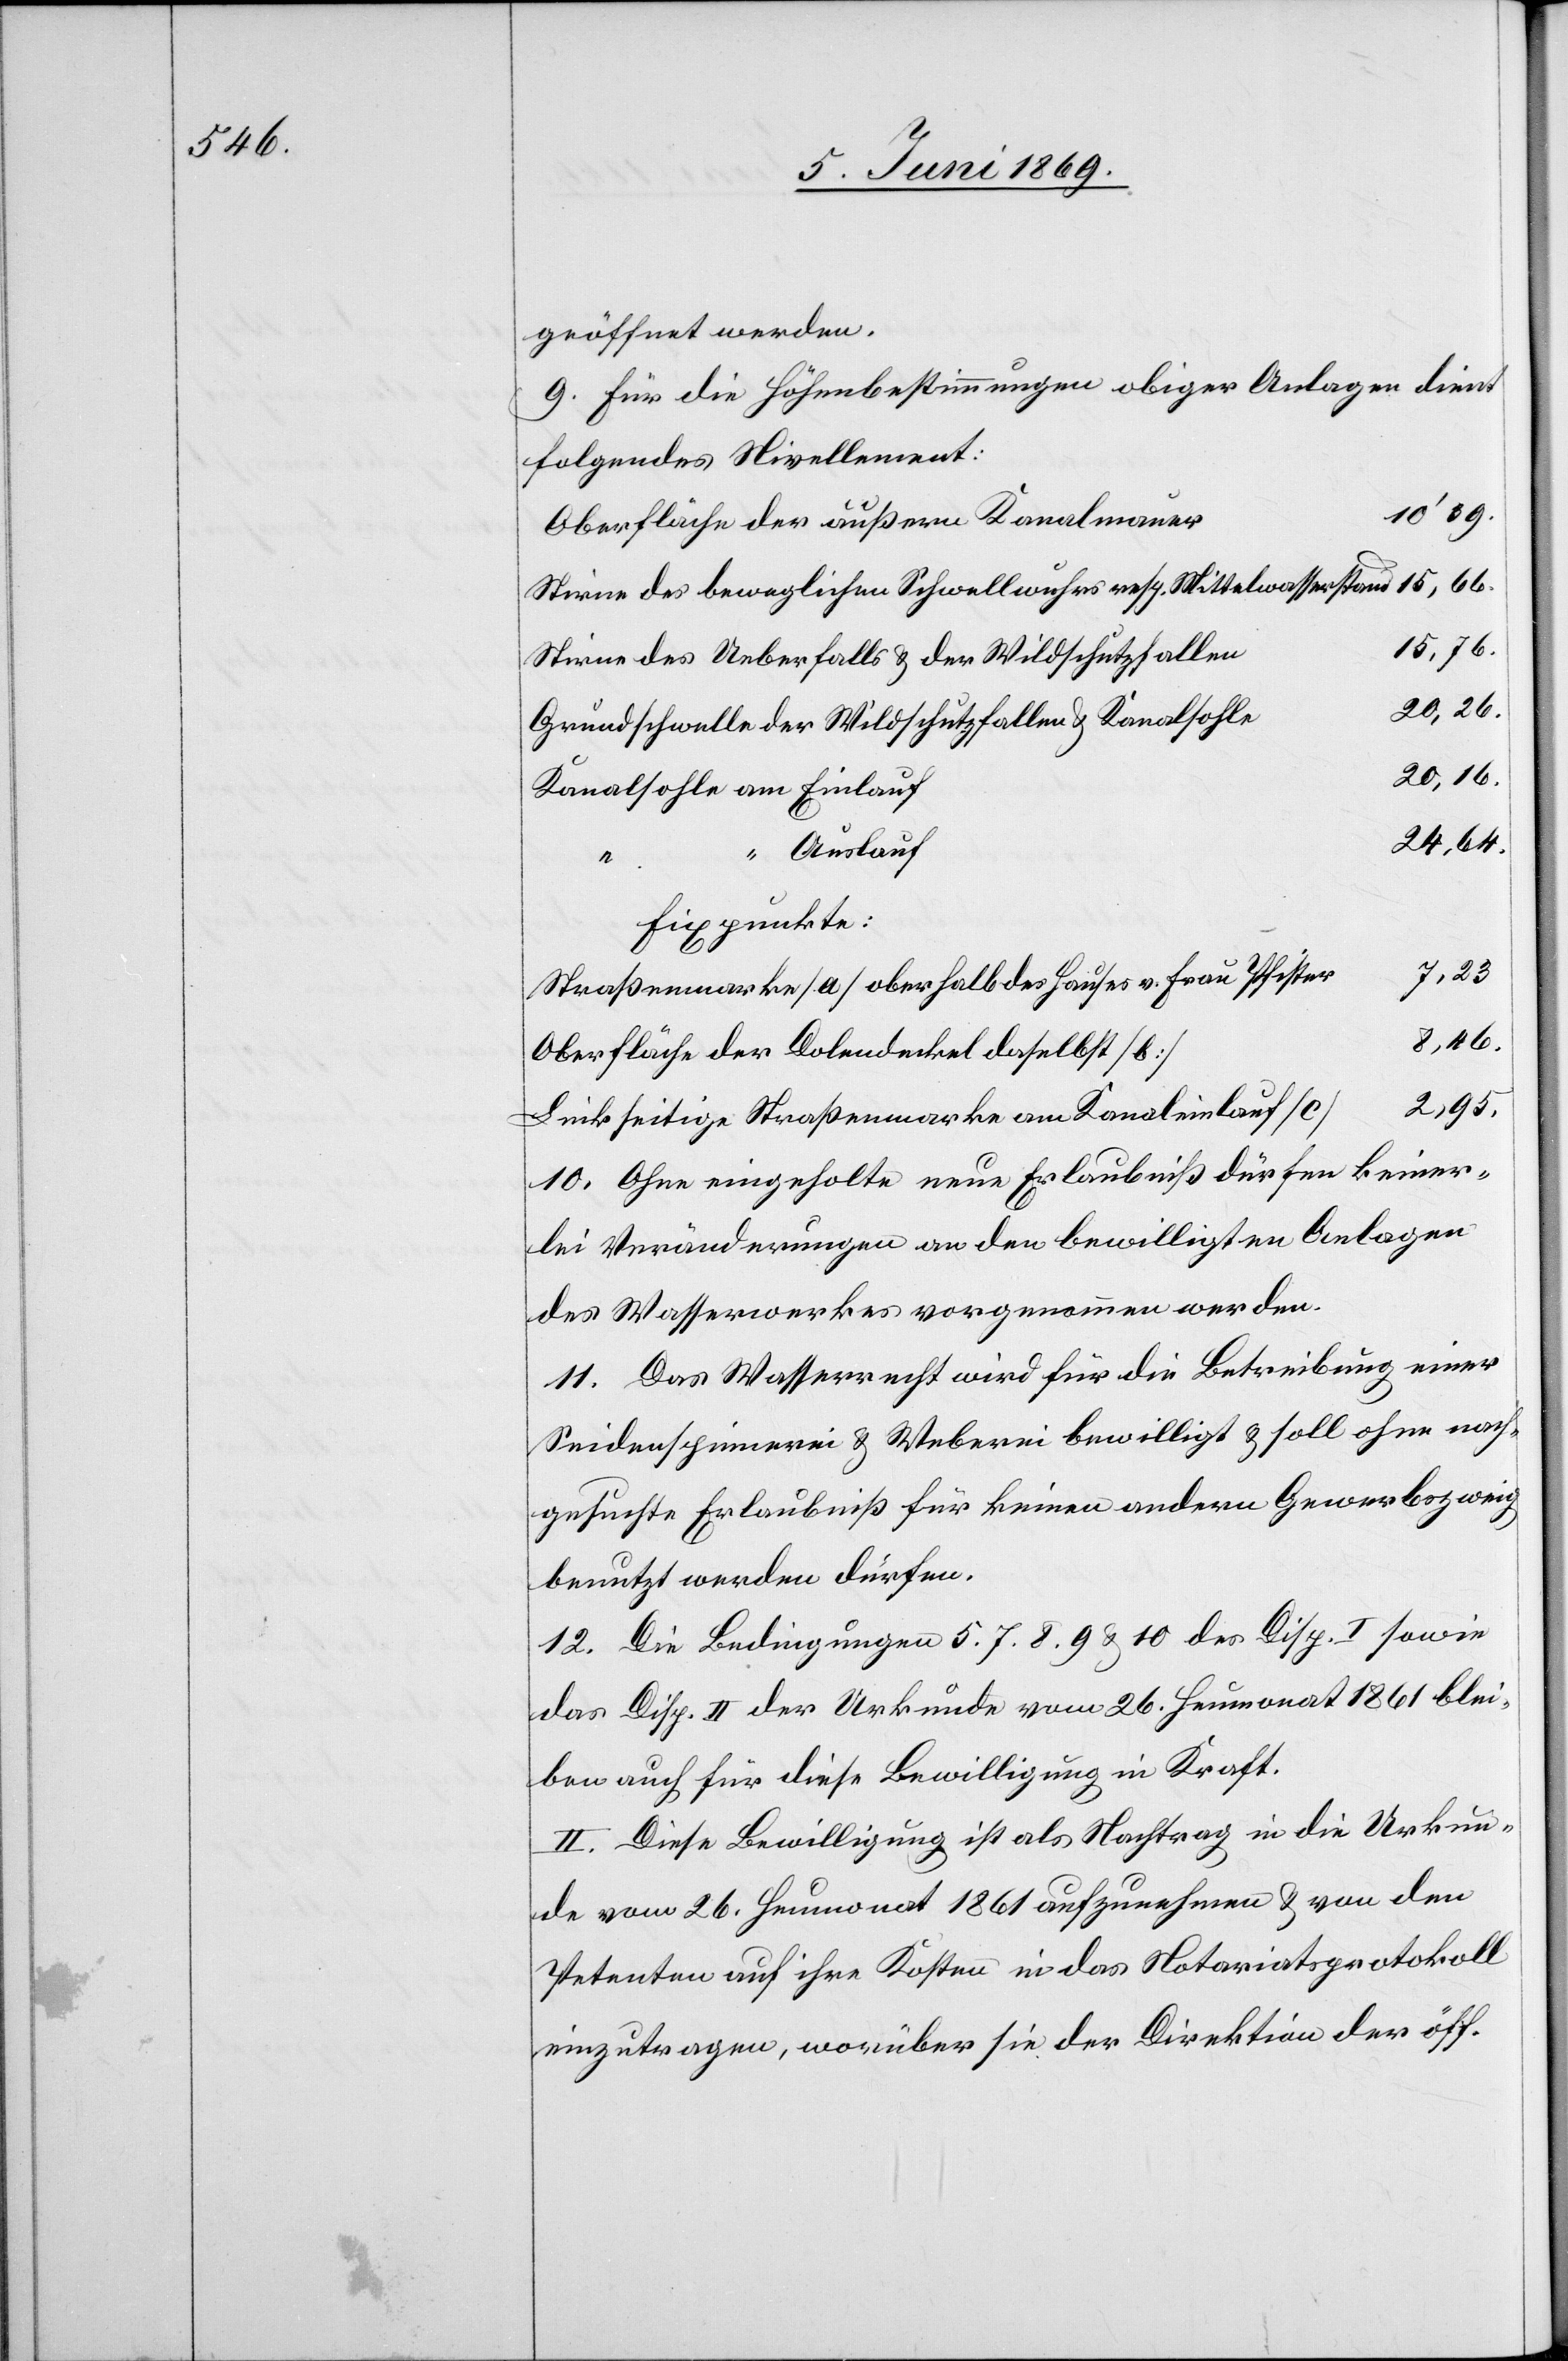
geöffnet werden.
9. Für die Höhenbestimmung obiger Anlagen dient
folgendes Nivellement:
Stirne des beweglichen Schwellwuhres resp. Mittelwasserstand	15,66.
Stirne des Ueberfalls u. de Wildschutzfalle¬
n						15,76.
Grundschwelle der Wildschutzfallen u. Kanalsohl¬
Fixpunkte:
Straßenmarke [a] oberhalb des Hauses v. Frau Pfiste¬
r				7,23.
Oberfläche der Dolendeckel daselbst
e				20,26.
Linkseitige Straßenmarke am Kanaleinlauf
10. Ohne eingeholte neue Erlaubniß dürfen keiner¬
lei Veränderungen an den bewilligten Anlagen
des Wasserwerkes vorgenommen werden.
11. Das Wasserrecht wird für die Betreibung einer
Seidenspinnerei u. Weberei bewilligt u. soll ohne nach¬
gesuchte Erlaubniß für keinen andern Gewerbszweig
benutzt werden dürfen.
12. Die Bedingungen 5. 7. 8. 9. u. 10 des Disp. I sowie
das Disp. II der Urkunde vom 26. Heumonat 1861 blei¬
ben auch für diese Bewilligung in Kraft.
II. Diese Bewilligung ist als Nachtrag in die Urkun¬
de vom 26. Heumonat 1861 aufzunehmen u. von den
Petenten auf ihre Kosten in das Notariatsprotokoll
einzutragen, worüber sie der Direktion der öff.